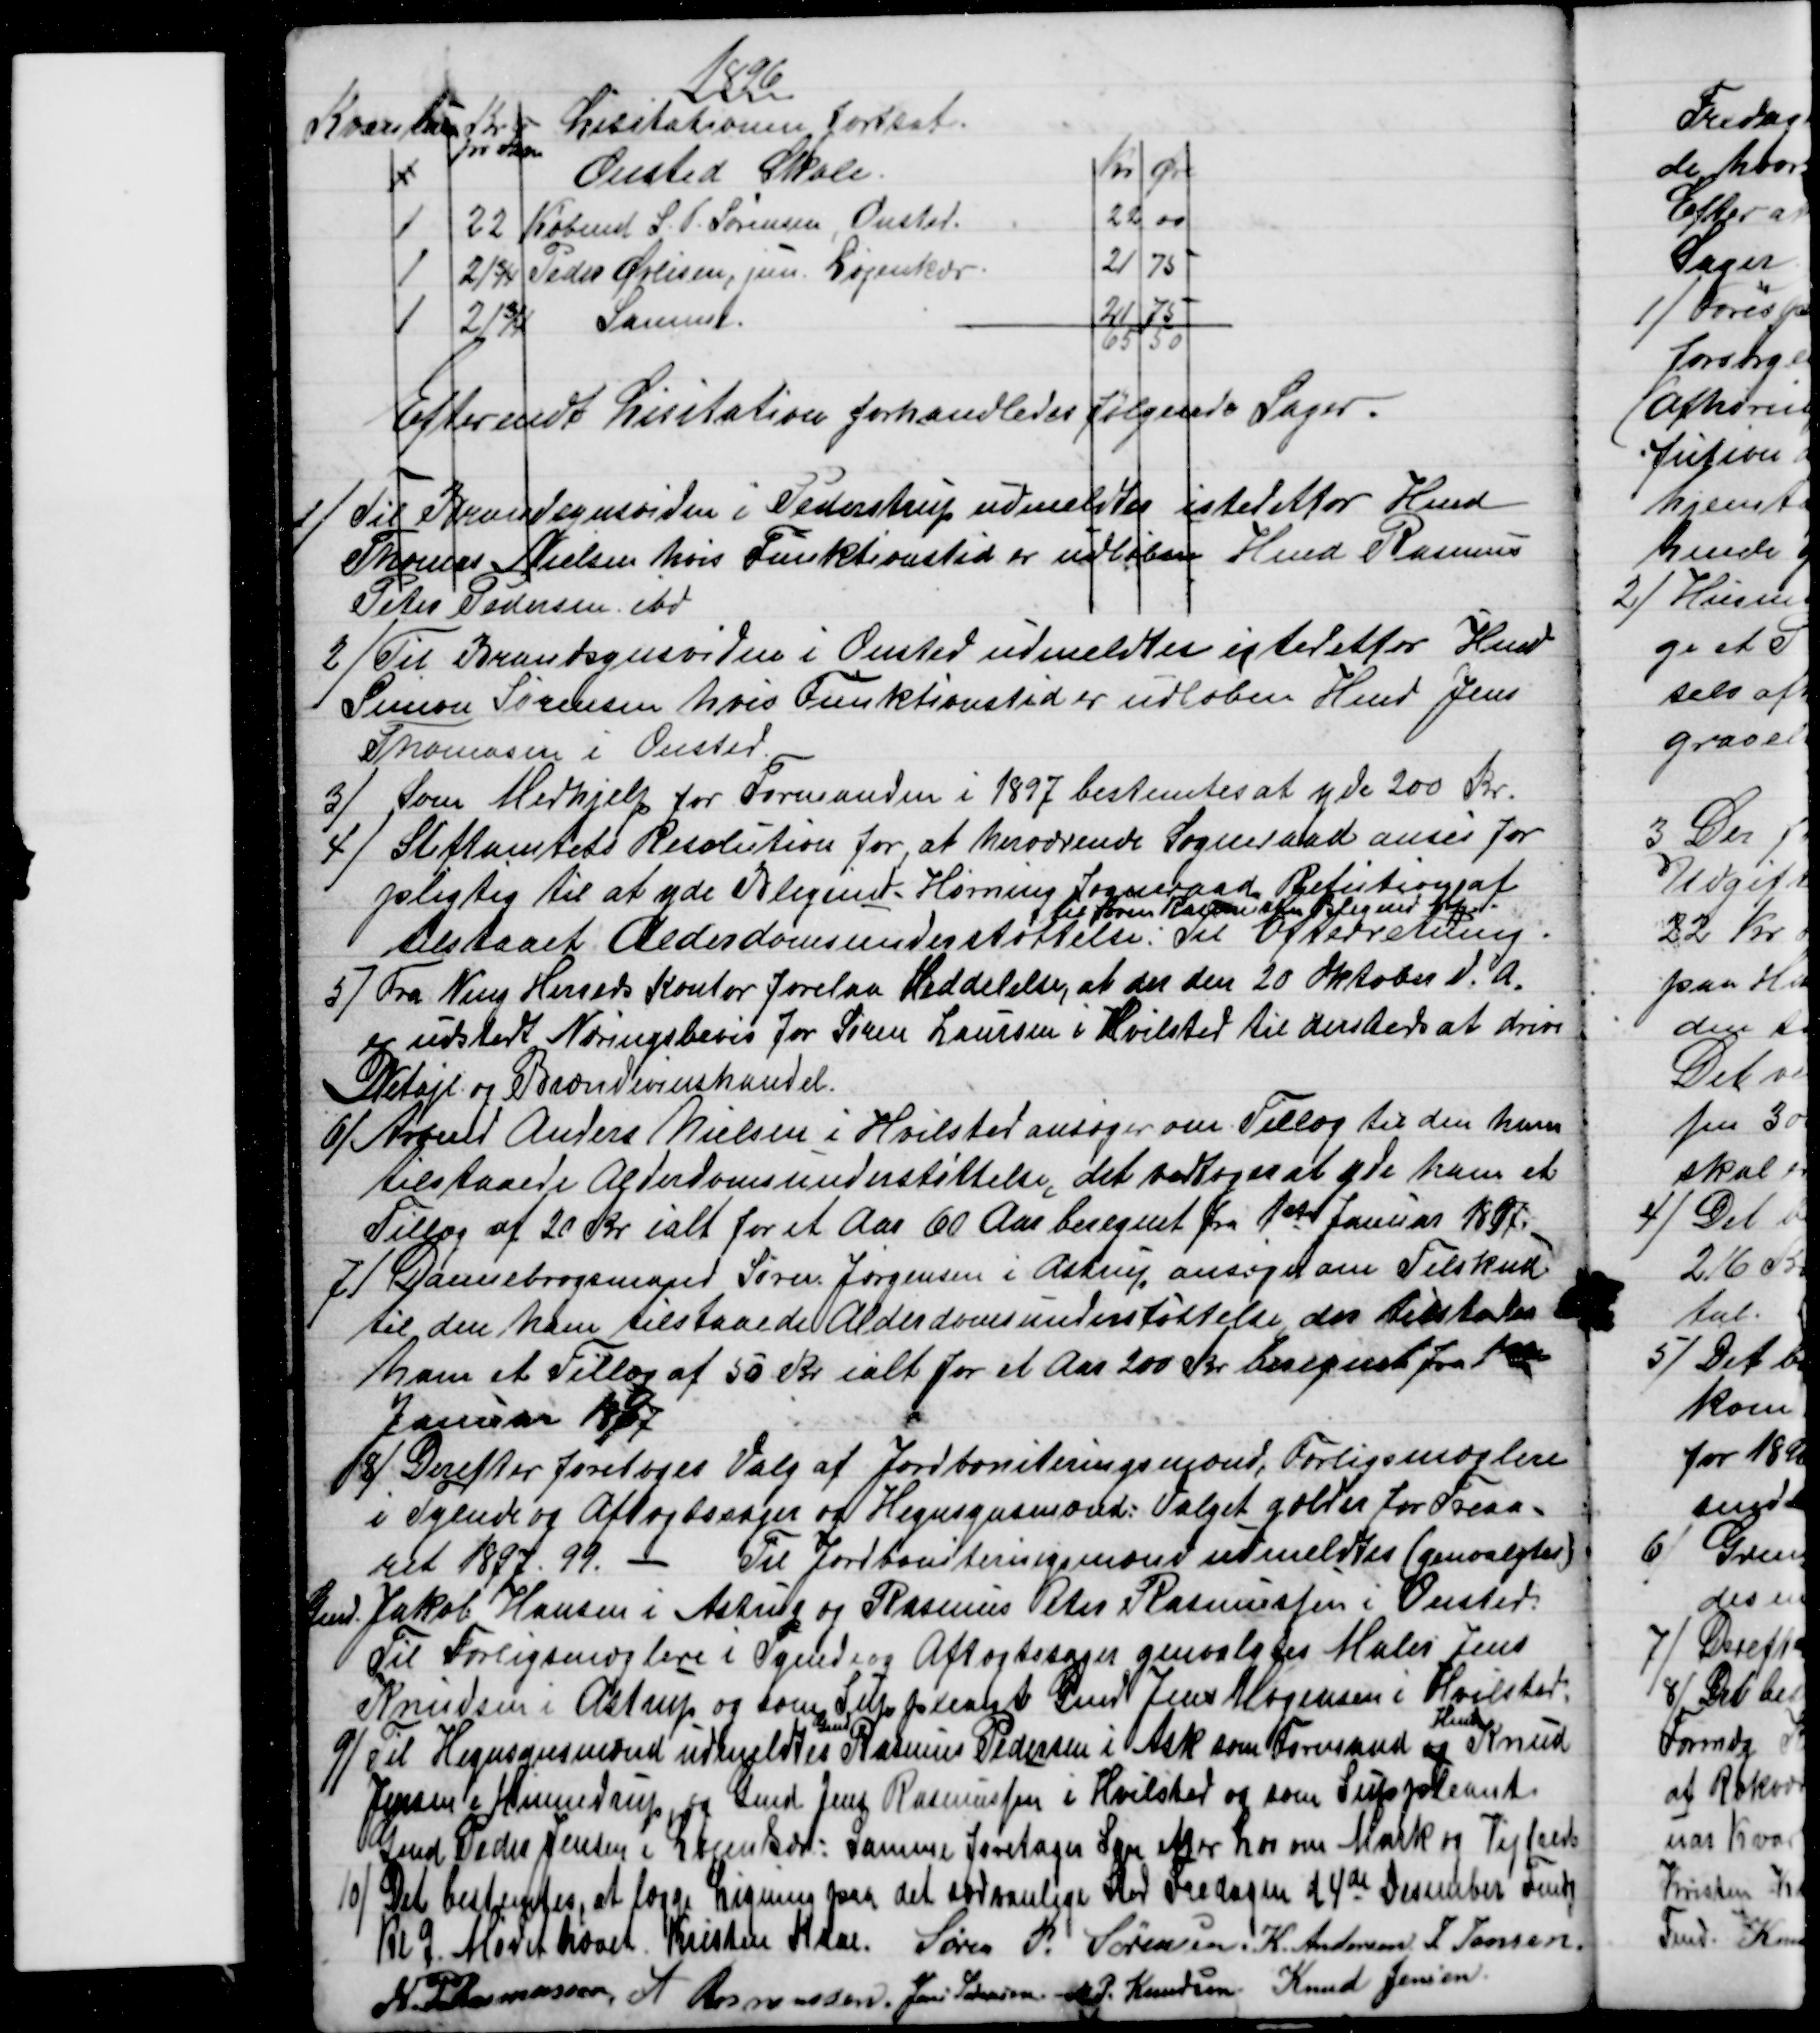
Transskription:
1896
Kvantum 
Kr
pr Favn
Lisitationen fortsat.
1
Onsted Skole.
Kr
Øre
1
22 
Købmd S. P. Sørensen Onsted.
22
00
1
21¾
Peder Øvlisen, jun. Løjenkær.
21
75
1
21¾
Samme.
21
75
65
50
Efter endt Lisitation forhandledes følgende Sager.
1)
 Til Brandsynsvidne i Pederstrup udmeldtes istedetfor Hmd
Thomas Nielsen hvis Funktionstid er udløben Hmd Rasmus
Peter Pedersen, ibd
2)
Til Brandsynsvidne i Onsted udmeldtes istedetfor Hmd
Simon Sørensen hvis Funktionstid er udløben Hmd Jens
Thomasen i Onsted.
3) 
Som Medhjelp for Formanden i 1897 bestemtes at yde 200 Kr.
4) 
Stiftamtets Resolution for, at herværende Sogneraad anses for
pligtig til at yde Blegind-Hørning Sogneraad Refution af
tilstaaet Alderdomsunderstøttelse. 
til Søren Rasmussen, Blegind Mk.
Til Efterretning.
5) 
Fra Ning Herreds Kontor forelaa Meddelelse, at der den 20 Oktober d. A.
er udstedt Næringsbevis for Søren Laursen i Hvilsted til dersteds at drive
Detajl og Brændevinshandel.
6) 
Arbmd Anders Nielsen i Hvilsted ansøger om Tillæg til den ham
tilstaaede Alderdomsunderstøttelse, det vedtoges at yde ham et
Tillæg af 20 Kr. ialt for et Aar 60 Aar beregnet fra 1ste Januar 1897.
7)
Dannebrogsmand Søren Jørgensen i Astrup ansøger om Tilskud
til den ham tilstaaede Alderdomsunderstøttelse, der tilstodes
ham et Tillæg af 50 Kr ialt for et Aar 200 Kr beregnet fra 1ste
Januar 1897
8)
 Derefter foretoges Valg af Jordboniteringsmænd, Forligsmæglere
i Tyende og Aftægtssager og Hegnsynsmænd: Valget gælder for Treaa-
ret 1897. 99. - Til Jordboniteringsmænd udmeldtes (genvalgtes)
Gmd. Jakob Hansen i Astrup og Rasmus Peter Rasmussen i Onsted.
Til Forligsmæglere i Tyende og Aftægtssager genvalgtes Maler Jens
Knudsen i Astrup og som Suppleant Gmd Jens Mogensen i Hvilsted.
9) 
Til Hegnsynsmænd udmeldtes 
Gmd
Rasmus Pedersen i Ask som Formand og 
Hmd
Knud
Jensen i Hinnedrup, og Gmd. Jens Rasmussen i Hvilsted og som Suppleant
Gmd Peder Jensen i Løjenkær: Samme foretager Syn efter Lov om Mark og Vejfred
10)
Det bestemtes, at lægge Ligning paa det sædvanlige Sted Fredagen d 4de December Fmdg
Kl 9. Mødet hævet Kristen Kaae. Søren P. Sørensen. K. Andersen J. Jensen
M.P. Rasmussen, A Rasmussen, Jens Sørenrsen. N. P. Knudsen. Knud Jensen